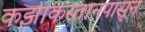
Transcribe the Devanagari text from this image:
कझाकस्तानपासून